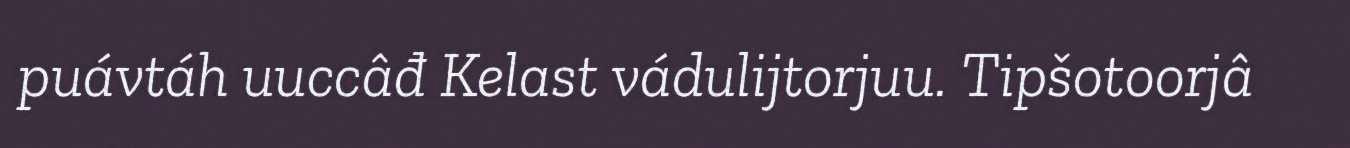
puávtáh uuccâđ Kelast vádulijtorjuu. Tipšotoorjâ